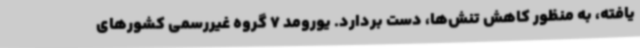
یافته، به منظور کاهش تنش‌ها، دست بردارد. یورومد 7 گروه غیررسمی کشورهای